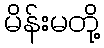
မိန်းမတို့